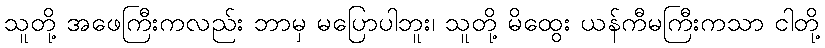
သူတို့ အဖေကြီးကလည်း ဘာမှ မပြောပါဘူး၊ သူတို့ မိထွေး ယန်ကီမကြီးကသာ ငါတို့